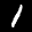
Label: 1